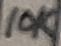
Text: 10K